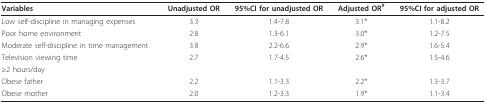
| Variables | Unadjusted OR | 95%CI for unadjusted OR | Adjusted OR# | 95%CI for adjusted OR |
 | --- | --- | --- | --- | --- |
 | Low self-discipline in managing expenses | 3.3 | 1.4-7.8 | 3.1* | 1.1-8.2 |
 | Poor home environment | 2.8 | 1.3-6.1 | 3.0* | 1.2-7.5 |
 | Moderate self-discipline in time management | 3.8 | 2.2-6.6 | 2.9* | 1.6-5.4 |
 | Television viewing time | 2.7 | 1.7-4.5 | 2.6* | 1.5-4.6 |
 | ≥2 hours/day |  |  |  |  |
 | Obese father | 2.2 | 1.1-3.3 | 2.2* | 1.3-3.7 |
 | Obese mother | 2.0 | 1.2-3.3 | 1.9* | 1.1-3.4 |